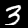
Digit: 3